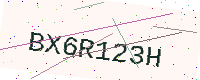
Text: BX6R123H